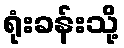
ရုံးခန်းသို့